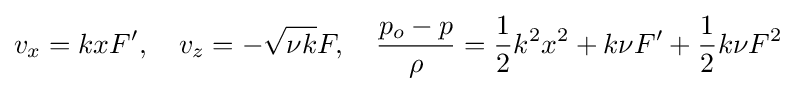
v_{x}=kxF',\quad v_{z}=-{\sqrt {\nu k}}F,\quad {\frac {p_{o}-p}{\rho }}={\frac {1}{2}}k^{2}x^{2}+k\nu F'+{\frac {1}{2}}k\nu F^{2}